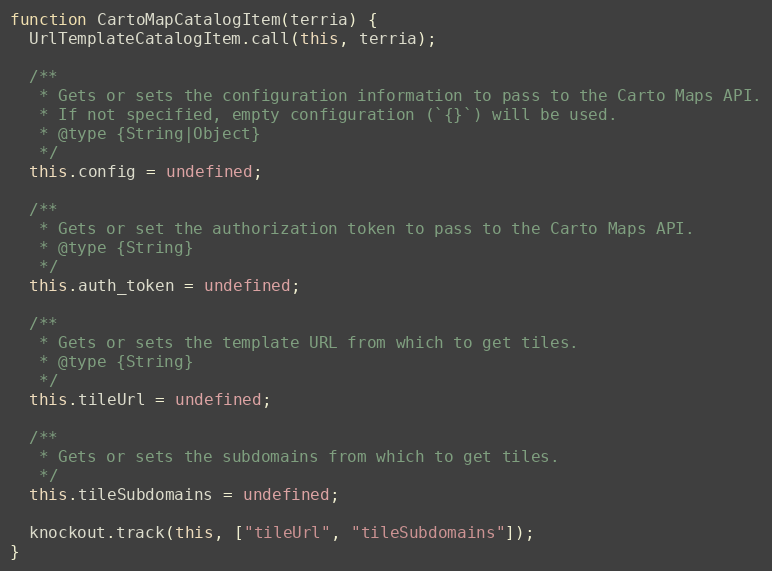
Language: JavaScript
function CartoMapCatalogItem(terria) {
  UrlTemplateCatalogItem.call(this, terria);

  /**
   * Gets or sets the configuration information to pass to the Carto Maps API.
   * If not specified, empty configuration (`{}`) will be used.
   * @type {String|Object}
   */
  this.config = undefined;

  /**
   * Gets or set the authorization token to pass to the Carto Maps API.
   * @type {String}
   */
  this.auth_token = undefined;

  /**
   * Gets or sets the template URL from which to get tiles.
   * @type {String}
   */
  this.tileUrl = undefined;

  /**
   * Gets or sets the subdomains from which to get tiles.
   */
  this.tileSubdomains = undefined;

  knockout.track(this, ["tileUrl", "tileSubdomains"]);
}